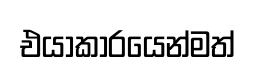
එයාකාරයෙන්මත්